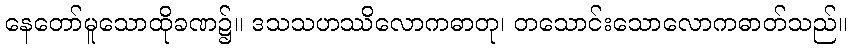
နေတော်မူသောထိုခဏ၌။ ဒသသဟဿိလောကဓာတု၊ တသောင်းသောလောကဓာတ်သည်။